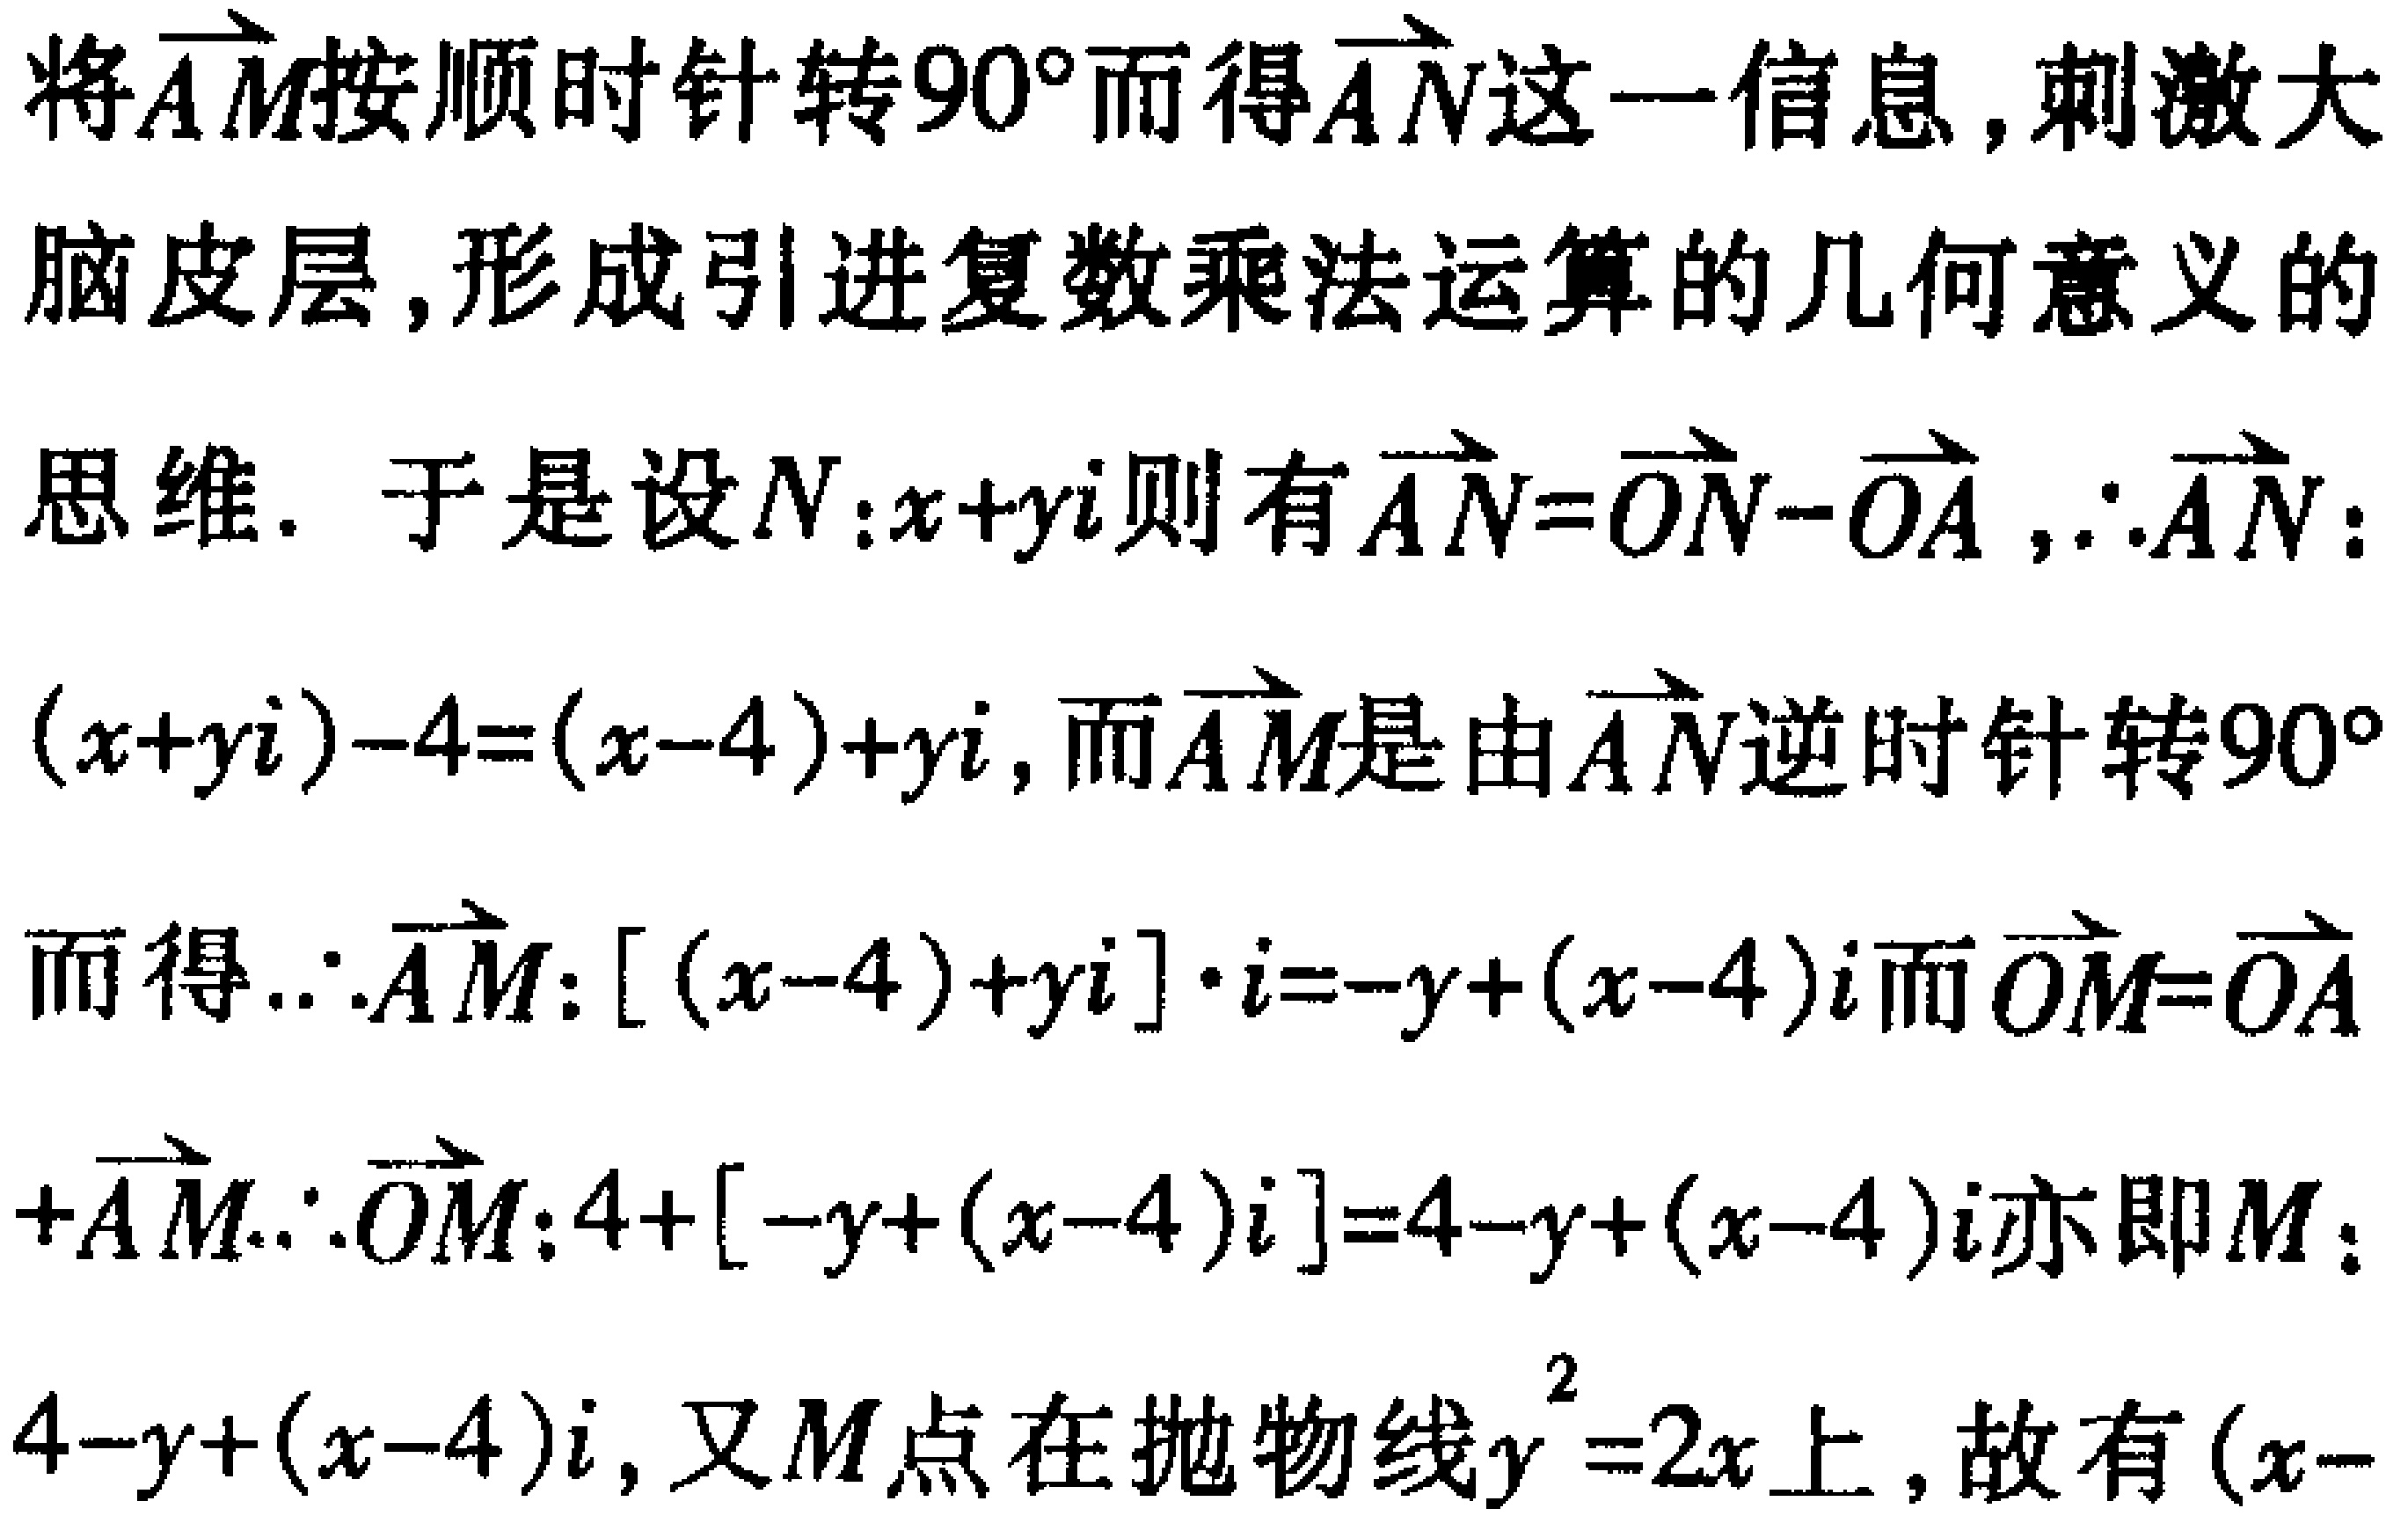
将\(\overrightarrow{AM}\)按顺时针转\(90^{\circ}\)而得\(\overrightarrow{AN}\)这一信息,刺激大脑皮层,形成引进复数乘法运算的几何意义的思维. 于是设\(N:x + yi\)则有\(\overrightarrow{AN}=\overrightarrow{ON}-\overrightarrow{OA}\),\(\therefore\overrightarrow{AN}\):\((x + yi)-4=(x - 4)+yi\),而\(\overrightarrow{AM}\)是由\(\overrightarrow{AN}\)逆时针转\(90^{\circ}\)而得.\(\therefore\overrightarrow{AM}:[(x - 4)+yi]\cdot i=-y+(x - 4)i\)而\(\overrightarrow{OM}=\overrightarrow{OA}+\overrightarrow{AM}\).\(\therefore\overrightarrow{OM}:4+[-y+(x - 4)i]=4 - y+(x - 4)i\)亦即\(M\):\(4 - y+(x - 4)i\),又\(M\)点在抛物线\(y^{2}=2x\)上,故有\((x-\)